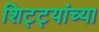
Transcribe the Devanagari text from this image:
शिट्ट्यांच्या